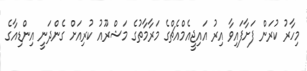
މިހާރު ކުރަން ފަށާފައިވާ އިރު އައިޖީއެމްއެޗްގެ މަރާމާތުގެ މަޝްރޫއު ކުރިއަށް ގެންދަނީ އިންޑިއާގެ